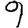
Digit: 9